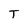
Character: T